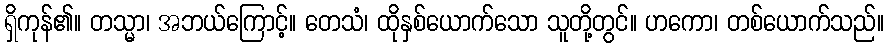
ရှိကုန်၏။ တသ္မာ၊ အဘယ်ကြောင့်။ တေသံ၊ ထိုနှစ်ယောက်သော သူတို့တွင်။ ဟကော၊ တစ်ယောက်သည်။